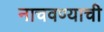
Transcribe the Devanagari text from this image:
नाचवण्याची